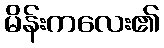
မိန်းကလေး၏